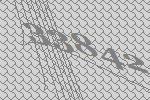
33842